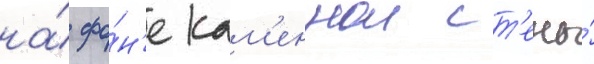
на́ фо́н'е кам'еннои ст'ены́